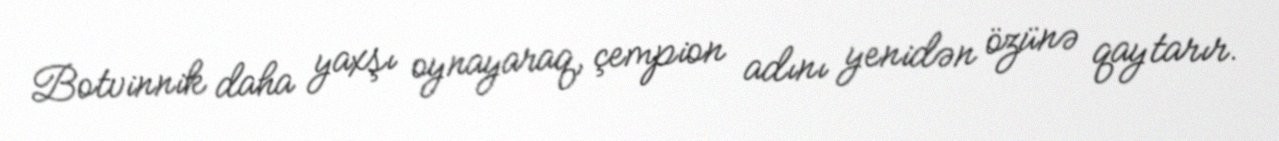
Botvinnik daha yaxşı oynayaraq, çempion adını yenidən özünə qaytarır.